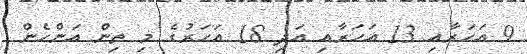
9 އަހަރާއި 13 އަހަރާއި އަދި 18 އަހަރުގެ މި ތިން އަންހެން